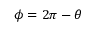
\phi = 2 \pi - \theta